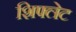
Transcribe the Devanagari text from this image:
शिफ्लेट